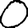
Digit: 0